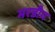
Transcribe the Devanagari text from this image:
मरडीय